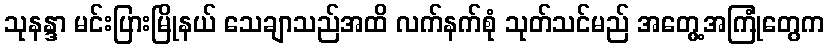
သုနန္ဒာ မင်းပြားမြိုနယ် သေချာသည်အထိ လက်နက်စုံ သုတ်သင်မည် အတွေ့အကြုံတွေက